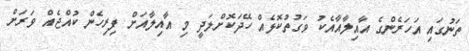
ތަނުގައި އަހަރެންގެ އާއިލާއާއެކު ވަގުތުކޮޅެއް ހޭދަކޮށްލަދީ މި އާއިލާއަށް ފިރިހެން ކުއްޖެއް ވަރަށް